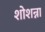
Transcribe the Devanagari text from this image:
शोशन्ना